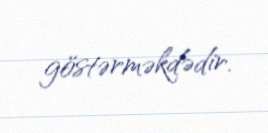
göstərməkdədir.